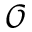
\mathcal { O }